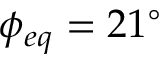
\phi _ { e q } = 2 1 ^ { \circ }